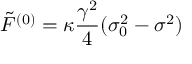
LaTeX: \tilde { F } ^ { ( 0 ) } = \kappa \frac { \gamma ^ { 2 } } { 4 } ( \sigma _ { 0 } ^ { 2 } - \sigma ^ { 2 } )